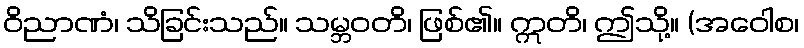
ဝိညာဏံ၊ သိခြင်းသည်။ သမ္ဘဝတိ၊ ဖြစ်၏။ ဣတိ၊ ဤသို့။ (အဝေါစ၊